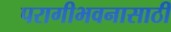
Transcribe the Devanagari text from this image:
परागीभवनासाठी